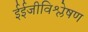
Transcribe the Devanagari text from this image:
ईईजीविश्लेषण